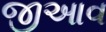
જીઆવ